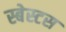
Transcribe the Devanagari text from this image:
स्बेस्टस